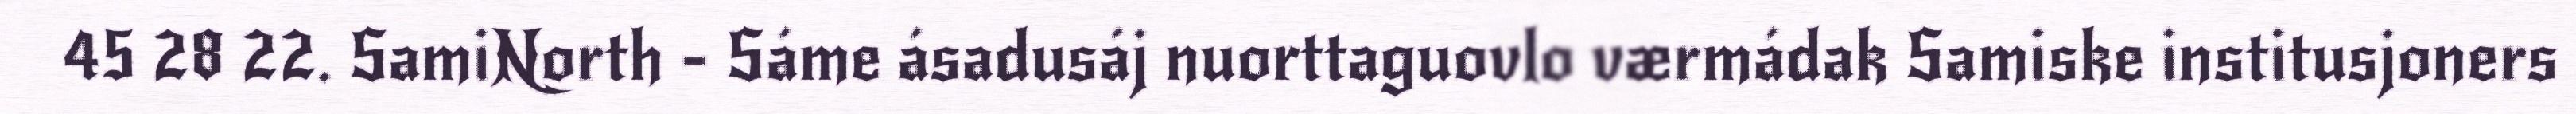
45 28 22. SamiNorth - Sáme ásadusáj nuorttaguovlo værmádak Samiske institusjoners